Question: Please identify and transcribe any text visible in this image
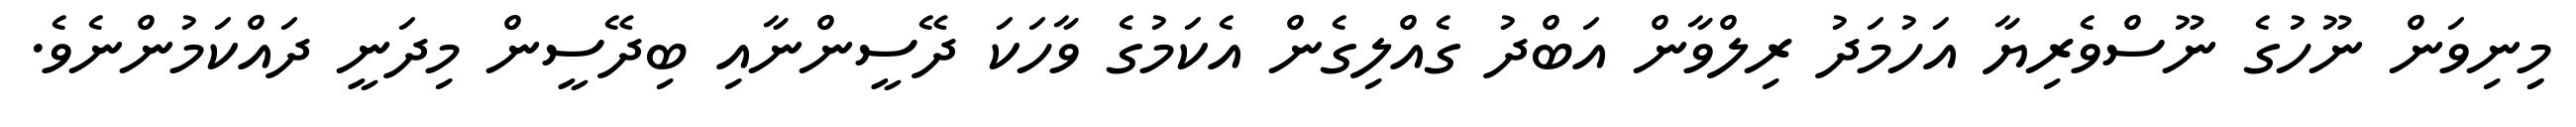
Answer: މިިނިވަން ނޫހުގެ ނޫސްވެރިޔާ އަހުމަދު ރިލްވާން އަބްދު ގެއްލިގެން އެކަމުގެ ވާހަކަ ދޭސީންނާއި ބިދޭސީން މިދަނީ ދައްކަމުންނެވެ.